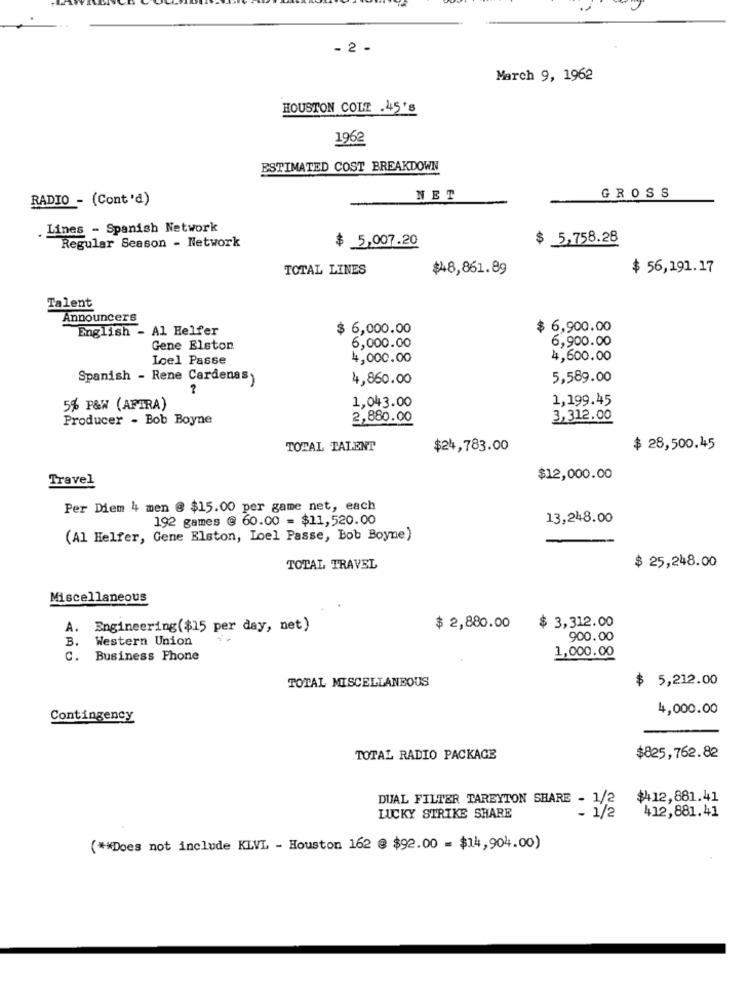
- 2 -
March 9, 1962
HOUSTON COLT .45's
1962
ESTIMATED COST BREAKDOWN
RADIO - (Cont'd)
NET
GROSS
Lines - Spanish Network
$ 5,007.20
$ 5,758.28
Regular Season - Network
TOTAL LINES
$48,861.89
$ 56,191.17
Talent
Announcers
English - Al Helfer
6,000.00
$ 6,900.00
6,000.00
6,900.00
Gene Elston
Loel Passe
4,000.00
4,600.00
Spanish - Rene Cardenas,
4,860.00
5,589.00
1,199.45
5% P&W (APTRA)
1,043.00
Producer - Bob Boyne
2,880.00
3,312.00
TOTAL TALENT
$24,783.00
$ 28,500.45
Travel
$12,000.00
Per Diem 4 men @ $15.00 per game net, each
192 games @ 60.00 = $11,520.00
13,248.00
(Al Helfer, Gene Elston, Loel Passe, Bob Boyne)
$ 25,248.00
TOTAL TRAVEL
Miscellaneous
$ 3,312.00
A. Engineering($15 per day, net)
$ 2,880.00
B.
Western Union
900.00
c.
Business Phone
1,000.00
TOTAL MISCELLANEOUS
$
5,212.00
4,000.00
Contingency
TOTAL RADIO PACKAGE
$825,762.82
DUAL FILTER TAREYTON SHARE - 1/2
$412,881.41
- 1/2
412,881.41
LUCKY STRIKE SHARE
( ** Does not include KLVL - Houston 162 @ $92.00 = $14,904.00)